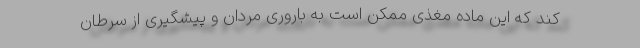
کند که این ماده مغذی ممکن است به باروری مردان و پیشگیری از سرطان